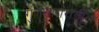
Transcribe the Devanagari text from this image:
गुणसागरातील